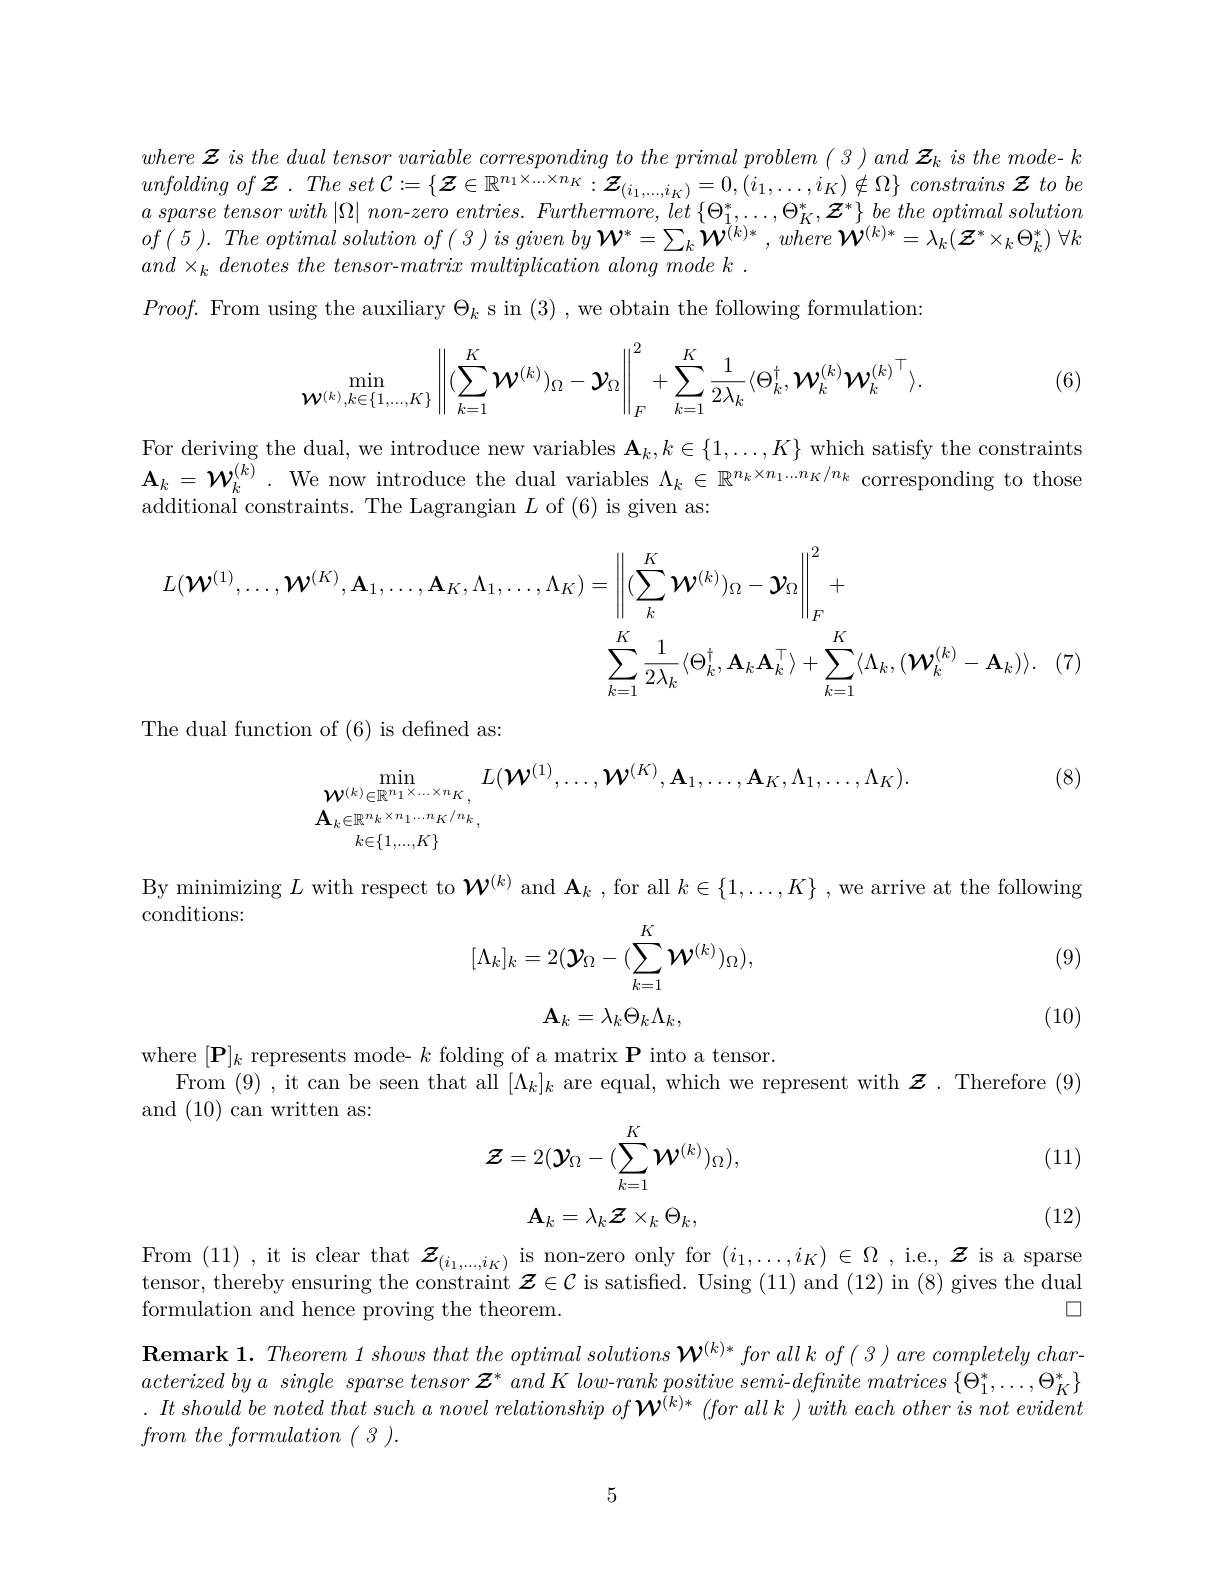
$where\boldsymbol{Z}isthedualtensorvariablecorrespondingtotheprimalproblem(3)and\boldsymbol{Z}_kisthemode-k$ unfoldingof ${\boldsymbol{Z}}$ $. The set$ ${\mathcal{C} }: = \{ \boldsymbol{Z}\in \mathbb{R} ^{n_{1}\times . . . \times n_{K}}: \boldsymbol{Z}_{( i_{1}, . . . , i_{K}) }= 0, ( i_{1}, \ldots , i_{K}) \notin \Omega \} constrains$ ${\mathcal{Z} } to be$ $a$ sparse tensor with $| \Omega |$ $non- zero$ $entries.$ $Furthermore$, let $\{ \Theta _{1}^{* }, \ldots , \Theta _{K}^{* }, \boldsymbol{Z}^{* }\}$ $be$ the optimal solution $of( 5) . \textit{ The optimal solution of( 3 ) is given by W}^* = \sum _k\boldsymbol{W}^{( k) * }, where\boldsymbol{W}^{( k) * }= \lambda _k( \boldsymbol{Z}^* \times _k\Theta _k^* )$ $\forall k$ $and\times _k\textit{ denotes the tensor- matrix multiplication along mode k }.$
$Proof.$ From using the auxiliary $\Theta_k$ s in (3) , we obtain the following formulation
$$\min_{\mathcal{W}^{(k)},k\in\{1,...,K\}}\left\|(\sum_{k=1}^K\mathcal{W}^{(k)})_\Omega-\mathcal{Y}_\Omega\right\|_F^2+\sum_{k=1}^K\frac{1}{2\lambda_k}\langle\Theta_k^\dagger,\mathcal{W}_k^{(k)}\mathcal{W}_k^{(k)}^\top\rangle.$$
(6)

For deriving the dual, we introduce new variables $\mathbf{A}_k,k\in\{1,\ldots,K\}$ which satisfy the constraints $\begin{array}{l}\mathbf{A}_{k}=\mathcal{W}_{k}^{(k)}.\text{ We now introduce the dual variables }\Lambda_{k}\in\mathbb{R}^{{n_{k}\times n_{1}...n_{K}/n_{k}}}\text{ corresponding to those}\\\text{additional constraints. The Lagrangian }L\text{ of }(6)\text{ is given as:}\end{array}$
$$\begin{aligned}L(\mathcal{W}^{(1)},\ldots,\mathcal{W}^{(K)},\mathbf{A}_1,\ldots,\mathbf{A}_K,\Lambda_1,\ldots,\Lambda_K)&=\left\|(\sum_k^K\mathcal{W}^{(k)})_\Omega-\mathcal{Y}_\Omega\right\|_F^2+\\&\sum_{k=1}^K\frac1{2\lambda_k}\langle\Theta_k^\dagger,\mathbf{A}_k\mathbf{A}_k^\top\rangle+\sum_{k=1}^K\langle\Lambda_k,(\mathcal{W}_k^{(k)}-\mathbf{A}_k)\rangle.\end{aligned}$$
The dual function of (6) is defined as:

(8)
$$\begin{aligned}&\min_{\mathcal{W}^{(k)}\in\mathbb{R}^{n_{1}\times\ldots\times n_{K}},}L(\mathcal{W}^{(1)},\ldots,\mathcal{W}^{(K)},\mathbf{A}_{1},\ldots,\mathbf{A}_{K},\Lambda_{1},\ldots,\Lambda_{K}).\\&\mathbf{A}_{k\in\mathbb{R}^{n_{k}\times n_{1}\ldots n_{K}/n_{k}},}\\&k\in\{1,...,K\}\end{aligned}$$
conditions:

(9)

By minimizing $L$ with respect to $\boldsymbol{W}^{(k)}$ and $\mathbf{A}_k$ ,for all $k\in\{1,\ldots,K\}$ , we arrive at the following
$$[\Lambda_k]_k=2(\mathcal{Y}_\Omega-(\sum_{k=1}^K\mathcal{W}^{(k)})_\Omega),$$
$$\mathbf{A}_k=\lambda_k\Theta_k\Lambda_k,$$
(10)

where $[\mathbf{P}]_k$ represents mode- $k$ folding of a matrix P into a tensor.
From (9),it can be seen that all $[\Lambda_k]_k$ are equal, which we represent with $\boldsymbol{z}.$ Therefore (9)
and (10)can written as:
$$\mathcal{Z}=2(\mathcal{Y}_{\Omega}-(\sum_{k=1}^{K}\mathcal{W}^{(k)})_{\Omega}),$$
(11)
$$\mathbf{A}_k=\lambda_k\mathcal{Z}\times_k\Theta_k,$$
(12)

From (11) ,it is clear that $\boldsymbol{z}_{(i_1,...,i_K)}$ is non-zero only for $(i_1,\ldots,i_K)\in\Omega$ ,i.e., $\boldsymbol{z}$ is a sparse tensor, thereby ensuring the constraint $\boldsymbol{z}\in\mathcal{C}$ is satisfied. Using (11) and (12) in (8) gives the dual formulation and hence proving the theorem.

$\square$
$\textbf{Remark 1. Theorem 1 shows that the optimal solutions }\boldsymbol{W}^{( k) * }forallkof( 3) arecompletelychar-$ acterizedbya single $sparse\textit{tensor }\boldsymbol{Z}^* and\textit{K low- rank positive semi- definite matrices }\{ \Theta _1^* , \ldots , \Theta _K^* \}$ $. It$ should $be$ noted that such $a$ novel relationship $of$ $\boldsymbol{W}^{( k) * }$ $( for$ all $k$ ) with each other $is$ not evident $from~the~formulation~(~3~).$

5